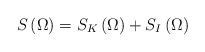
LaTeX: \begin{align*}S\left( \Omega \right) =S_K\left( \Omega \right) +S_I\left( \Omega \right)\end{align*}